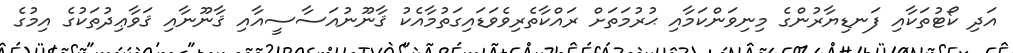
އަދި ކޯޓުތަކާއި ފަނޑިޔާރުންގެ މިނިވަންކަމާއި ޙުރުމަތަށް ރައްކާތެރިވެވަޑައިގަތުމާއެކު ޤާނޫނުއަސާސީއާއި ޤާނޫނާއި ޤަވާޢިދުތަކުގެ އިމުގެ